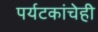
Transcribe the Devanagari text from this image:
पर्यटकांचेही